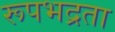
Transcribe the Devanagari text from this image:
रूपभद्रता